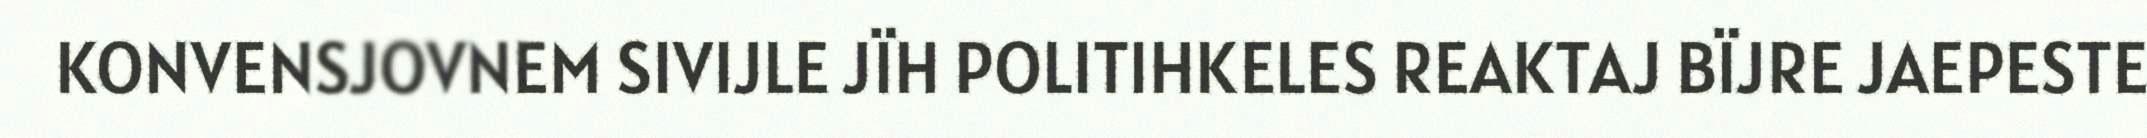
KONVENSJOVNEM SIVIJLE JÏH POLITIHKELES REAKTAJ BÏJRE JAEPESTE